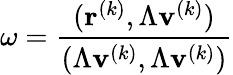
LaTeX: \omega=\frac{(\textbf{r}^{(k)},\Lambda\textbf{v}^{(k)})}{(\Lambda\textbf{v}^{(k)},\Lambda\textbf{v}^{(k)})}